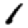
Digit: 1